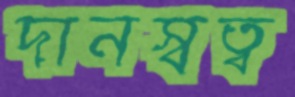
দানস্বত্ব